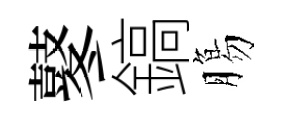
鼕鎬膓